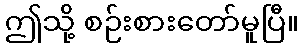
ဤသို့ စဉ်းစားတော်မူပြီ။